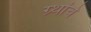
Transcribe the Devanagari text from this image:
ग्र्थांचे